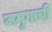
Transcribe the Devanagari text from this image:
जमुगाची